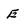
Character: E